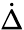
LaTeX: \dot{\Delta}